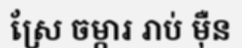
ស្រែ ចម្ការ រាប់ ម៉ឺន